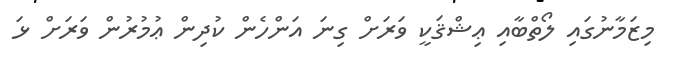
މިޒަމާނުގައި ލޯތްބާއި ޢިޝްޤަކީ ވަރަށް ގިނަ އަންހެން ކުދިން ޢުމުރުން ވަރަށް ޅަ